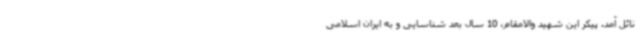
نائل آمد. پیکر این شهید والامقام، 10 سال بعد شناسایی و به ایران اسلامی